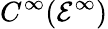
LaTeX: C^{\infty}({\mathcal{E}}^{\infty})